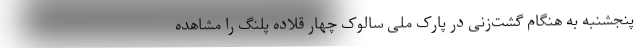
پنجشنبه به هنگام گشت‌زنی در پارک ملی سالوک چهار قلاده پلنگ را مشاهده